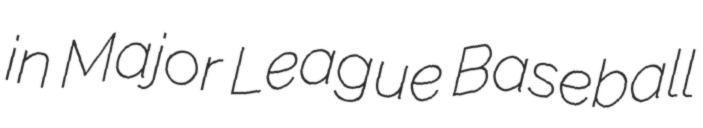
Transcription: in Major League Baseball